Source: Handwritten
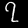
Digit: ၇ (7)